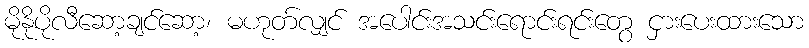
မိုနိုပိုလီဆော့ချင်ဆော့၊ မဟုတ်လျှင် အပေါင်းအသင်းရောင်းရင်းတွေ ငှားပေးထားသော